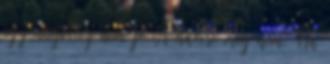
egy angol,ez nem jó A haveré meg nem. Ha